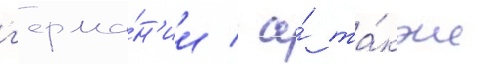
г'ерма́н'ии / а́ та́кже